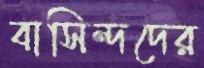
বাসিন্দদের